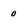
Character: 0